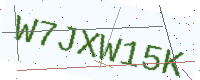
Text: W7JXW15K